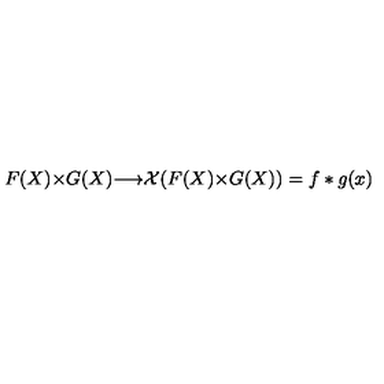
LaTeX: F ( X ) { \times } G ( X ) { \longrightarrow } { \cal X } ( F ( X ) { \times } G ( X ) ) = f * g ( x )